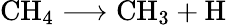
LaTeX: \mathrm{CH}_{4}\longrightarrow\mathrm{CH}_{3}+\mathrm{H}